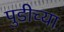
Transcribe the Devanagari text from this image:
पुडीच्या